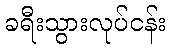
ခရီးသွားလုပ်ငန်း